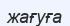
жағуға